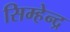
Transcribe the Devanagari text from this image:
सिम्हेन्द्र